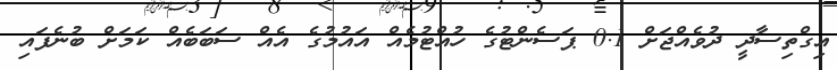
އިގްތިސާދީ ދުވެއްޖަށް 0.1 ޕަސެންޓުގެ ހުއްޓުމެއް އައުމުގެ އެއް ސަބަބެއް ކަމަށް ބުނެފައި